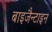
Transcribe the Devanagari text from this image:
बाइजैन्टाइन